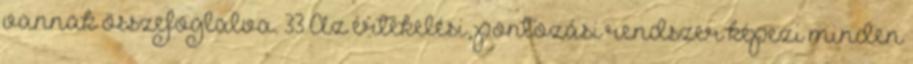
vannak összefoglalva. 33 Az értékelési, pontozási rendszer képezi minden